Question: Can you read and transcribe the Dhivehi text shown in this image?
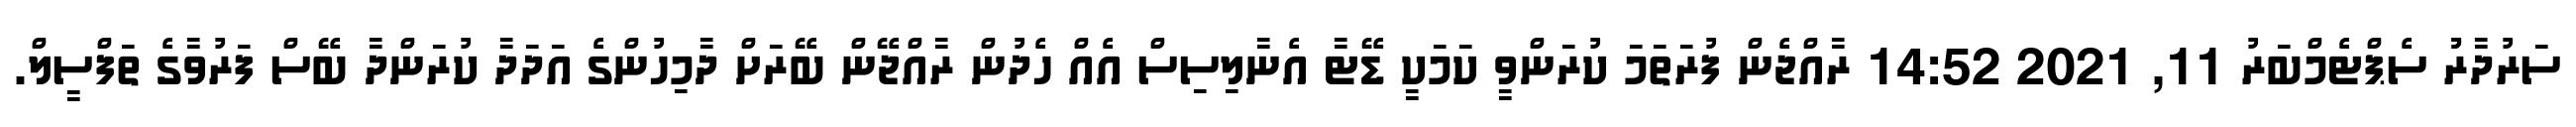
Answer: ސަރުދާރުު ސެޕްޓެމްބަރު 11, 2021 14:52 ރާއްޖެން ފުރަތަމަ ކުރަންވީ ކަމަކީ ޑޭޓާ އެނާލިސިސް އެއް ހެދުން ރާއްޖޭން ބޭރަށް ދާމިހުންގެ އަދަދާ ކުރަންދާ ބޭސް ފަރުވާގެ ތަފްސީލް.